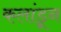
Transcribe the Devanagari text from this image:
कलांडून